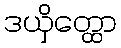
ဒယှိတ္ထော